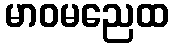
မာဝမညေထ